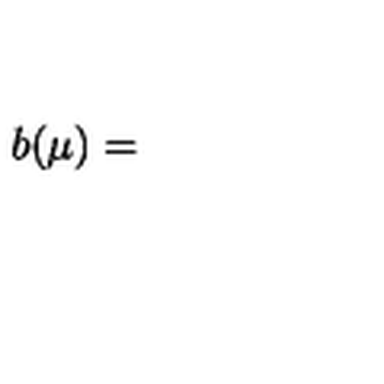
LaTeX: b ( \mu ) =